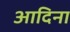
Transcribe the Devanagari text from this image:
आदिना